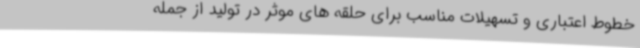
خطوط اعتباری و تسهیلات مناسب برای حلقه های موثر در تولید از جمله